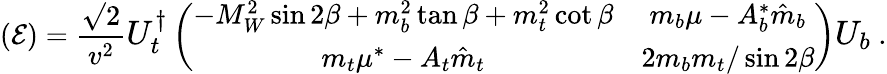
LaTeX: \left({\cal E}\right)={\frac{\surd 2}{v^{2}}}{\large U_{t}^{\dagger}}\left(\begin{array}{cc}{{-M_{W}^{2}\sin 2\beta+m_{b}^{2}\tan\beta+m_{t}^{2}\cot\beta}}&{{m_{b}\mu-A_{b}^{*}\hat{m}_{b}}}\\ {{m_{t}\mu^{*}-A_{t}\hat{m}_{t}}}&{{2m_{b}m_{t}/\sin 2\beta}}\end{array}\right){\large U_{b}}\ .